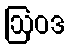
ဩဝဒ